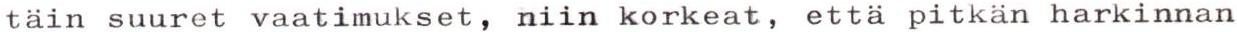
täin suuret vaatimukset, niin korkeat, että pitkän harkinnan